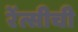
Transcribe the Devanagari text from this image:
रेंत्सीची